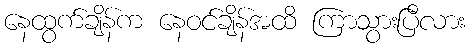
နေထွက်ချိန်က နေဝင်ချိန်အထိ ကြာသွားပြီလား